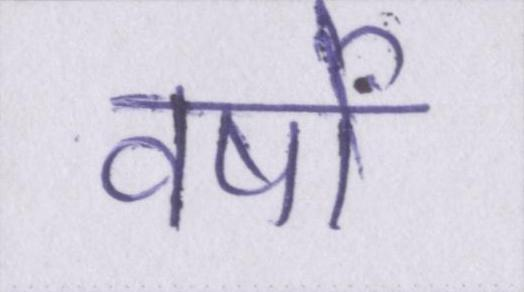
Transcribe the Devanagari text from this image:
वर्षों